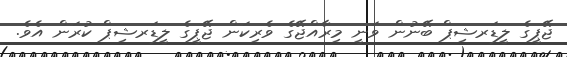
ޖޭޕީގެ ލީޑަރޝިޕް ބޭނުން ވަނީ މިރާއްޖޭގެ ވެރިކަން ޖޭޕީގެ ލީޑަރޝިޕް ކުރަން އެވެ.